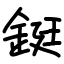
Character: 鋌